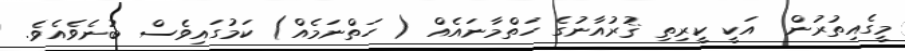
މީގެއިތުރުން  އަކީ ކީރިތި ޤުރުއާނުގެ ހަތްމާނައެއް ( ހަތްނަމެއް) ކަމުގައިވެސް ބުނެވެއެވެ.